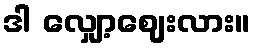
ဒါ လျှော့ဈေးလား။